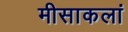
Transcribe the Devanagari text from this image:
मीसाकलां